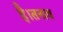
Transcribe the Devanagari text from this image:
है।तनाव